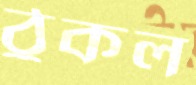
ঠুকল